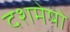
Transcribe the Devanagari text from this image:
दशमेषो